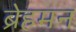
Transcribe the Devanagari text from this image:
ब्रेहमन